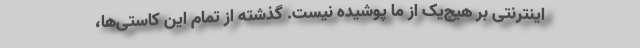
اینترنتی بر هیچ‌یک از ما پوشیده نیست. گذشته‌ از تمام این کاستی‌ها،